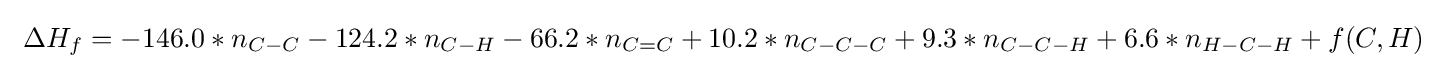
\ \Delta H_{f}=-146.0*n_{C-C}-124.2*n_{C-H}-66.2*n_{C=C}+10.2*n_{C-C-C}+9.3*n_{C-C-H}+6.6*n_{H-C-H}+f(C,H)